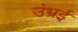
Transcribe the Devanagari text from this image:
उंभ्रई